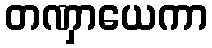
တဏှာယေကာ